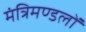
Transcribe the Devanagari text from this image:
मंत्रिमण्डलों